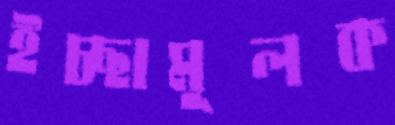
ইচ্ছামূলক